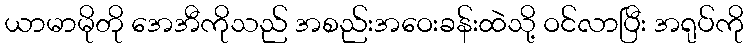
ယာမာမိုတို အေအီကိုသည် အစည်းအဝေးခန်းထဲသို့ ဝင်လာပြီး အရုပ်ကို